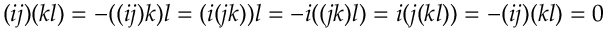
( i j ) ( k l ) = - ( ( i j ) k ) l = ( i ( j k ) ) l = - i ( ( j k ) l ) = i ( j ( k l ) ) = - ( i j ) ( k l ) = 0